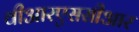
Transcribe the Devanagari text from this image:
वीआरएससीआर